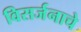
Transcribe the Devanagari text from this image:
विसर्जनाचे